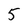
Character: 5